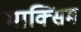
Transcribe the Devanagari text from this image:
माक्सिम